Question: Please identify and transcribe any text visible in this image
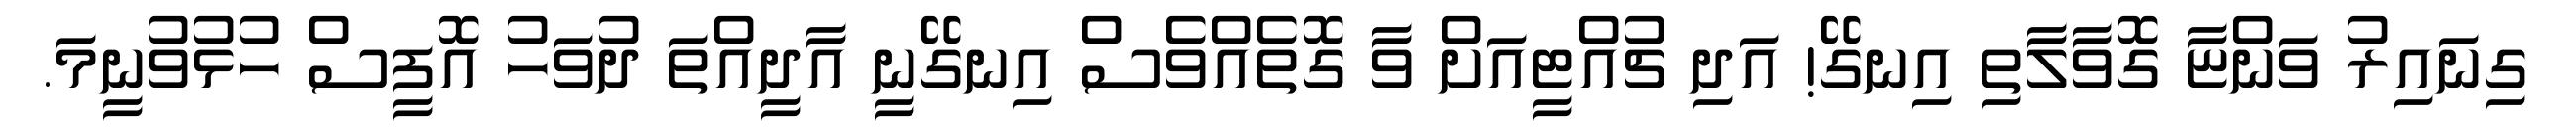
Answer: ގިނައިރު ވަންޏާ ގޮވާލާތި އިނގޭ! އަދި ޗުއްޓީއަށް ވާ ގޮތެއްވެސް އިނގޭނީ އާދީއްތަ ދުވަހު އޮފީސް ހުޅުވުނީމަ.